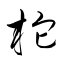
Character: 柁